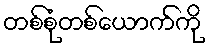
တစ်စုံတစ်ယောက်ကို